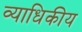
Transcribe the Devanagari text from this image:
व्याधिकीय